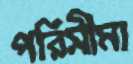
পরিসীমা